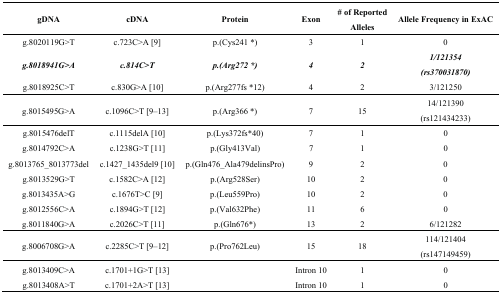
<table><thead><tr><td><b>gDNA</b></td><td><b>cDNA</b></td><td><b>Protein</b></td><td><b>Exon</b></td><td><b># of Reported Alleles</b></td><td><b>Allele Frequency in ExAC</b></td></tr></thead><tbody><tr><td>g.8020119G&gt;T</td><td>c.723C&gt;A [9]</td><td>p.(Cys241 *)</td><td>3</td><td>1</td><td>0</td></tr><tr><td><b><i>g.8018941G&gt;A</i></b></td><td><b><i>c.814C&gt;T</i></b></td><td><b><i>p.(Arg272 *)</i></b></td><td><b><i>4</i></b></td><td><b><i>2</i></b></td><td><b><i>1/121354 (rs370031870)</i></b></td></tr><tr><td>g.8018925C&gt;T</td><td>c.830G&gt;A [10]</td><td>p.(Arg277fs *12)</td><td>4</td><td>2</td><td>3/121250</td></tr><tr><td>g.8015495G&gt;A</td><td>c.1096C&gt;T [9,10,11,12,13]</td><td>p.(Arg366 *)</td><td>7</td><td>15</td><td>14/121390 (rs121434233)</td></tr><tr><td>g.8015476delT</td><td>c.1115delA [10]</td><td>p.(Lys372fs*40)</td><td>7</td><td>1</td><td>0</td></tr><tr><td>g.8014792C&gt;A</td><td>c.1238G&gt;T [11]</td><td>p.(Gly413Val)</td><td>7</td><td>1</td><td>0</td></tr><tr><td>g.8013765_8013773del</td><td>c.1427_1435del9 [10]</td><td>p.(Gln476_Ala479delinsPro)</td><td>9</td><td>2</td><td>0</td></tr><tr><td>g.8013529G&gt;T</td><td>c.1582C&gt;A [12]</td><td>p.(Arg528Ser)</td><td>10</td><td>2</td><td>0</td></tr><tr><td>g.8013435A&gt;G</td><td>c.1676T&gt;C [9]</td><td>p.(Leu559Pro)</td><td>10</td><td>2</td><td>0</td></tr><tr><td>g.8012556C&gt;A</td><td>c.1894G&gt;T [12]</td><td>p.(Val632Phe)</td><td>11</td><td>6</td><td>0</td></tr><tr><td>g.8011840G&gt;A</td><td>c.2026C&gt;T [11]</td><td>p.(Gln676*)</td><td>13</td><td>2</td><td>6/121282</td></tr><tr><td>g.8006708G&gt;A</td><td>c.2285C&gt;T [9,10,11,12]</td><td>p.(Pro762Leu)</td><td>15</td><td>18</td><td>114/121404 (rs147149459)</td></tr><tr><td>g.8013409C&gt;A</td><td>c.1701+1G&gt;T [13]</td><td></td><td>Intron 10</td><td>1</td><td>0</td></tr><tr><td>g.8013408A&gt;T</td><td>c.1701+2A&gt;T [13]</td><td></td><td>Intron 10</td><td>1</td><td>0</td></tr></tbody></table>